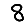
Digit: 8